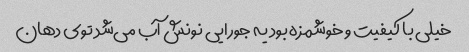
خیلی با کیفیت و خوشمزه بود یه جورایی نونش آب می‌شد توی دهان